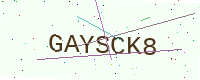
Text: GAYSCK8